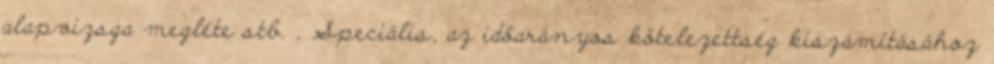
alapvizsga megléte stb. , Speciális, az időarányos kötelezettség kiszámításához